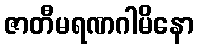
ဇာတီမရဏဂါမိနော